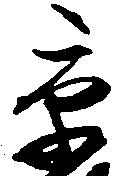
京